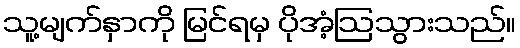
သူ့မျက်နှာကို မြင်ရမှ ပိုအံ့ဩသွားသည်။